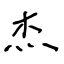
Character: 杰